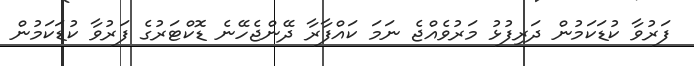
ފަރުވާ ކުޑަކަމުން ދަރިފުޅު މަރުވެއްޖެ ނަމަ ކައްފާރާ ދޭންޖެހޭނެ ޑޮކްޓަރުގެ ފަރުވާ ކުޑަކަމުން